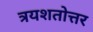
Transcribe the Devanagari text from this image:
त्रयशतोत्तर